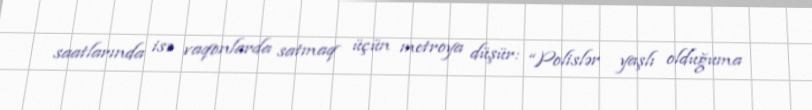
saatlarında isə vaqonlarda satmaq üçün metroya düşür: “Polislər yaşlı olduğuma